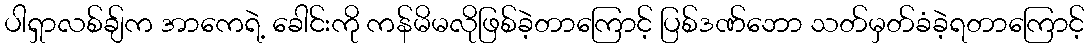
ပါရှာလစ်ချ်က အာကေရဲ့ ခေါင်းကို ကန်မိမလိုဖြစ်ခဲ့တာကြောင့် ပြစ်ဒဏ်ဘော သတ်မှတ်ခံခဲ့ရတာကြောင့်